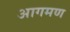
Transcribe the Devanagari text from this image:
आगमण